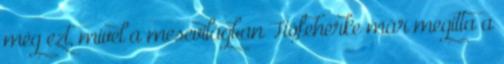
még ezt, mivel a mesevilágban Hófehérke már megitta a